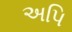
અપિ